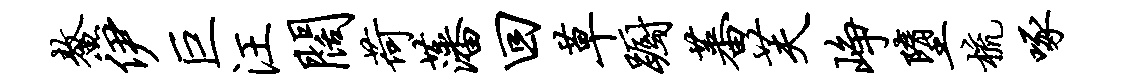
鳌伊巨汪阔荷藩回草蹰蕃芙峥堕梳啄